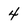
Character: 4